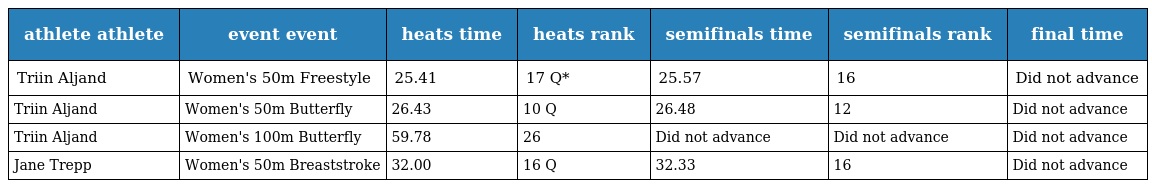
| athlete athlete | event event | heats time | heats rank | semifinals time | semifinals rank | final time |
 | --- | --- | --- | --- | --- | --- | --- |
 | Triin Aljand | Women's 50m Freestyle | 25.41 | 17 Q* | 25.57 | 16 | Did not advance |
 | Triin Aljand | Women's 50m Butterfly | 26.43 | 10 Q | 26.48 | 12 | Did not advance |
 | Triin Aljand | Women's 100m Butterfly | 59.78 | 26 | Did not advance | Did not advance | Did not advance |
 | Jane Trepp | Women's 50m Breaststroke | 32.00 | 16 Q | 32.33 | 16 | Did not advance |